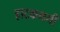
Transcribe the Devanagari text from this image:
हाटकमयी